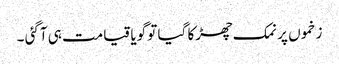
زخموں پر نمک چھڑکا گیا تو گویا قیامت ہی آگئی ۔